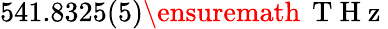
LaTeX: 541.8325(5)\ensuremath{\, \mathrm{~T~H~z~}}